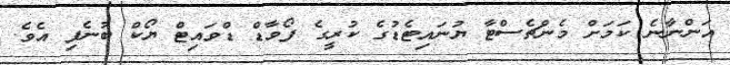
އަންނާނެ ކަމަށް މެންޗެސްޓާ ޔުނައިޓެޑުގެ ކުރީގެ ފޯވާޑް ޑްވައިޓް ޔޯކް ބުނެފި އެވެ.